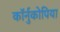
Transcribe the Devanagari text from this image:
कॉर्नुकोपिया